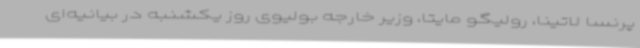
پرنسا لاتینا، رولیگو مایتا، وزیر خارجه بولیوی روز یکشنبه در بیانیه‌ای